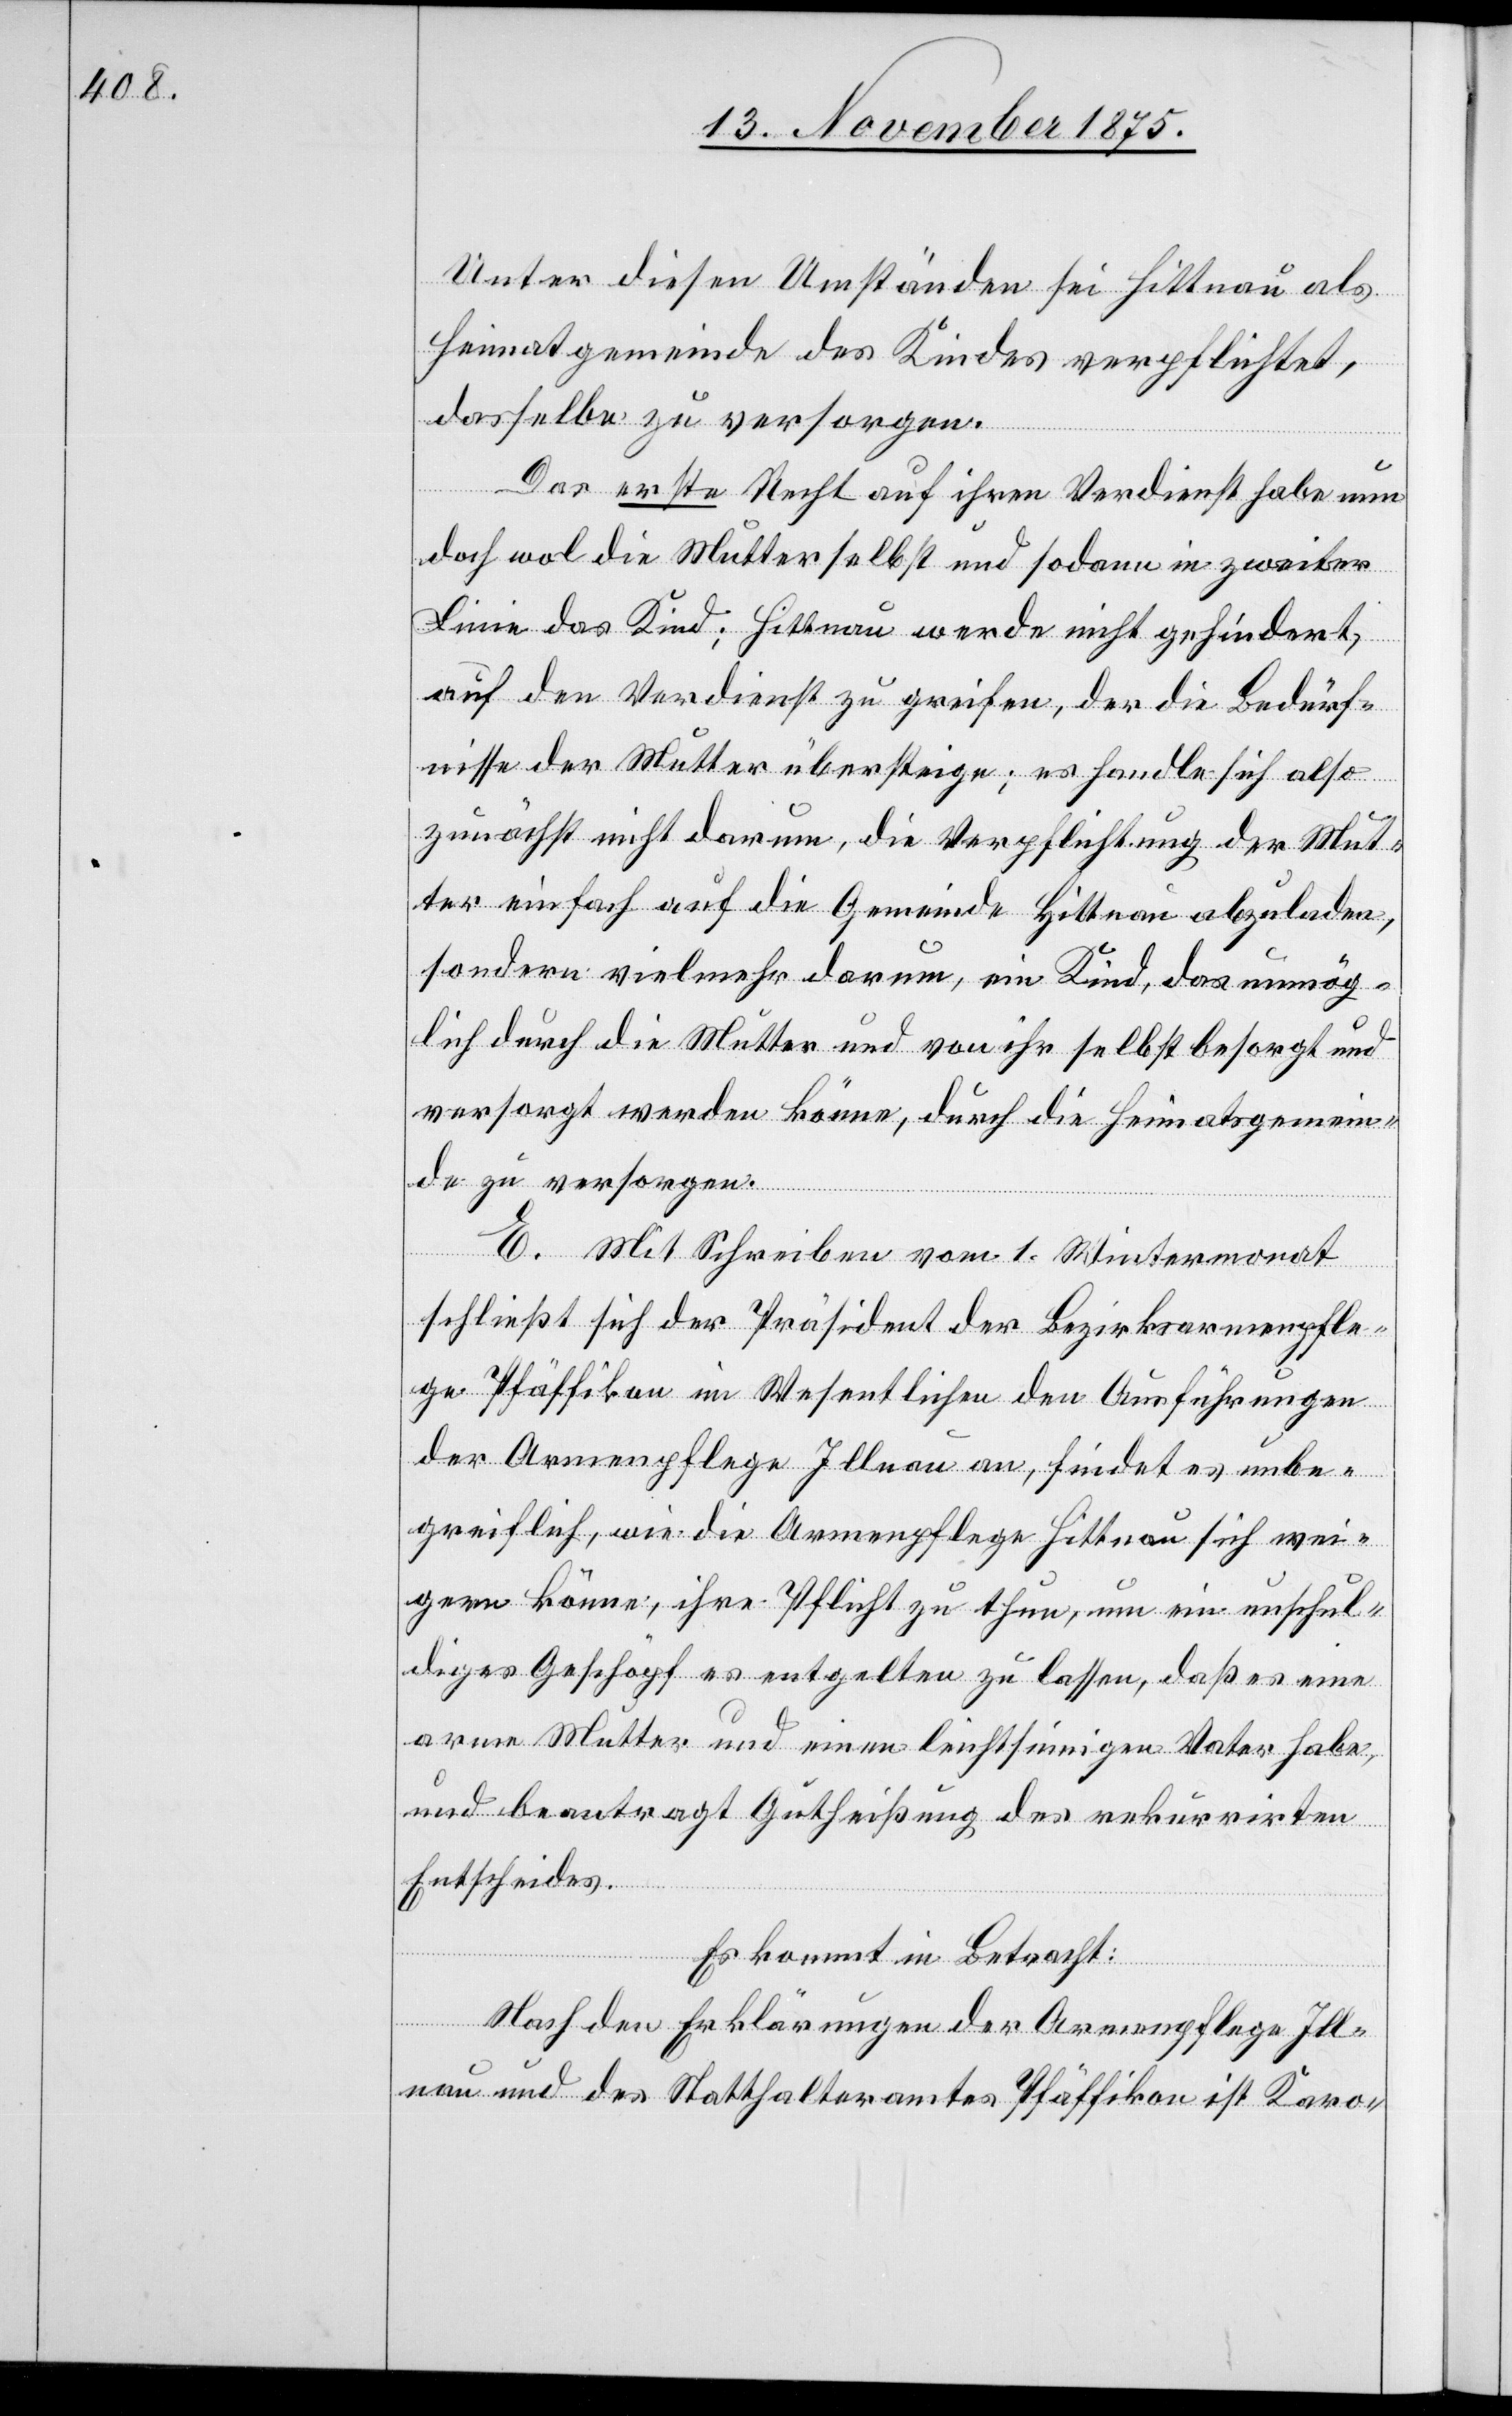
Unter diesen Umständen sei Hittnau als
Heimatgemeinde des Kindes verpflichtet,
dasselbe zu versorgen.
Das erste Recht auf ihren Verdienst habe nun
doch wol die Mutter selbst und sodann in zweiter
Linie das Kind; Hittnau werde nicht gehindert,
auf den Verdienst zu greifen, der die Bedürf¬
nisse der Mutter übersteige; es handle sich also
zunächst nicht darum, die Verpflichtung der Mut¬
ter einfach auf die Gemeinde Hittnau abzuladen,
sondern vielmehr darum, ein Kind, das unmög¬
lich durch die Mutter und von ihr selbst besorgt und
versorgt werden könne, durch die Heimatsgemein¬
de zu versorgen.
E. Mit Schreiben vom 1. Wintermonat
schließt sich der Präsident der Bezirksarmenpfle¬
ge Pfäffikon im Wesentlichen den Ausführungen
der Armenpflege Illnau an, findet es unbe¬
greiflich, wie die Armenpflege Hittnau sich wei¬
gern könne, ihre Pflicht zu thun, um ein unschul¬
diges Geschöpf es entgelten zu lassen, daß es eine
arme Mutter und einen leichtsinnigen Vater habe,
und beantragt Gutheißung des rekurrirten
Entscheides.
Es kommt in Betracht:
Nach den Erklärungen der Armenpflege Ill¬
nau und des Statthalteramtes Pfäffikon ist Karo-